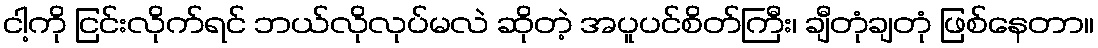
ငါ့ကို ငြင်းလိုက်ရင် ဘယ်လိုလုပ်မလဲ ဆိုတဲ့ အပူပင်စိတ်ကြီး၊ ချီတုံချတုံ ဖြစ်နေတာ။